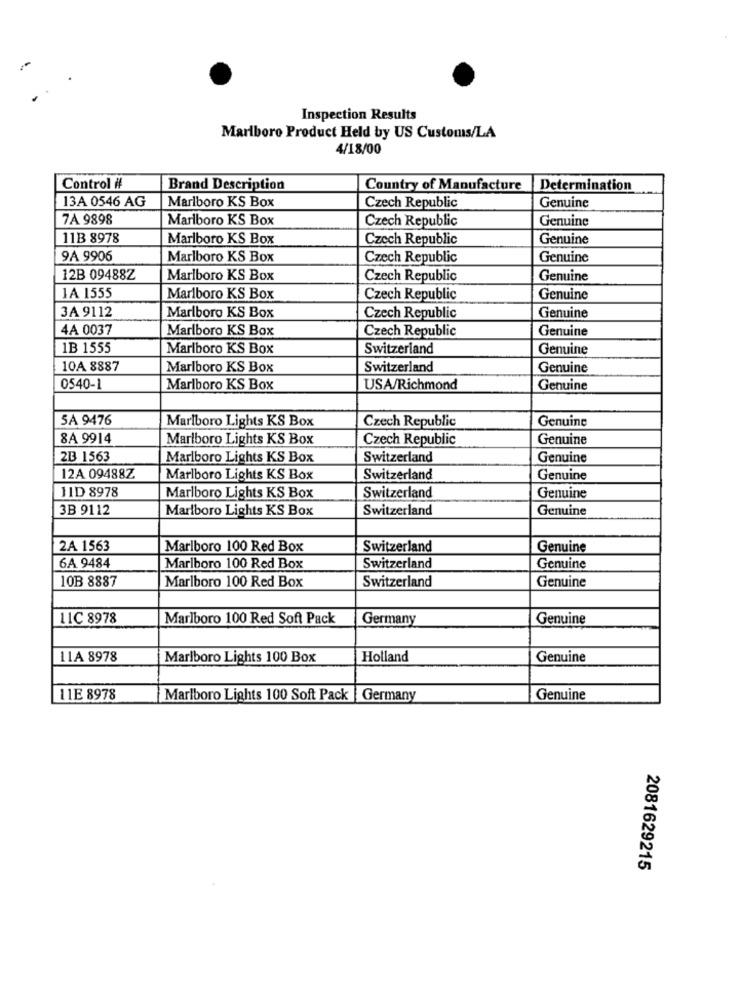
Inspection Results
Marlboro Product Held by US Customs/LA
4/18/00
Control #
Brand Description
Country of Manufacture
Determination
13A 0546 AG
Genuine
Marlboro KS Box
Czech Republic
7A 9898
Marlboro KS Box
Czech Republic
Genuine
11B 8978
Marlboro KS Box
Czech Republic
Genuine
9A 9906
Marlboro KS Box
Czech Republic
Genuine
12B 09488Z
Marlboro KS Box
Czech Republic
Genuine
1A 1555
Marlboro KS Box
Czech Republic
Genuine
3A 9112
Marlboro KS Box
Genuine
Czech Republic
4A 0037
Marlboro KS Box
Czech Republic
Genuine
1B 1555
Marlboro KS Box
Switzerland
Genuine
10A 8887
Marlboro KS Box
Switzerland
Genuine
0540-1
Marlboro KS Box
USA/Richmond
Genuine
SA 9476
Czech Republic
Genuine
Marlboro Lights KS Box
8A 9914
Marlboro Lights KS Box
Czech Republic
Genuine
2B 1563
Marlboro Lights KS Box
Switzerland
Genuine
12A 09488Z
Marlboro Lights KS Box
Switzerland
Genuine
11D 8978
Switzerland
Marlboro Lights KS Box
Genuine
3B 9112
Marlboro Lights KS Box
Switzerland
Genuine
2A 1563
Marlboro 100 Red Box
Switzerland
Genuine
6A 9484
Marlboro 100 Red Box
Switzerland
Genuine
10B 8887
Switzerland
Genuine
Marlboro 100 Red Box
LIC 8978
Marlboro 100 Red Soft Pack
Germany
Genuine
11A 8978
Marlboro Lights 100 Box
Holland
Genuine
11E 8978
Marlboro Lights 100 Soft Pack |Germany
Genuine
2081629215